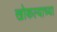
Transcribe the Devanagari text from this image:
खोकल्याच्या